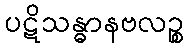
ပဋိသန္ဓာနဗလဉ္စ